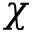
\chi